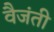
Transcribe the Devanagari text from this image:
वैजंती